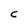
Character: C